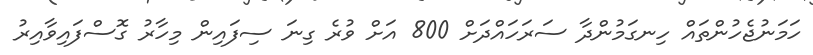
ހަމަނުޖެހުންތައް ހިނގަމުންދާ ސަރަހައްދަށް 800 އަށް ވުރެ ގިނަ ސިފައިން މިހާރު ގޮސްފައިވާއިރު